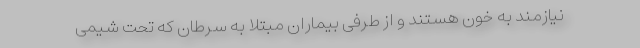
نیازمند به خون هستند و از طرفی بیماران مبتلا به سرطان که تحت شیمی